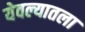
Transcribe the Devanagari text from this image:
येवल्यातला